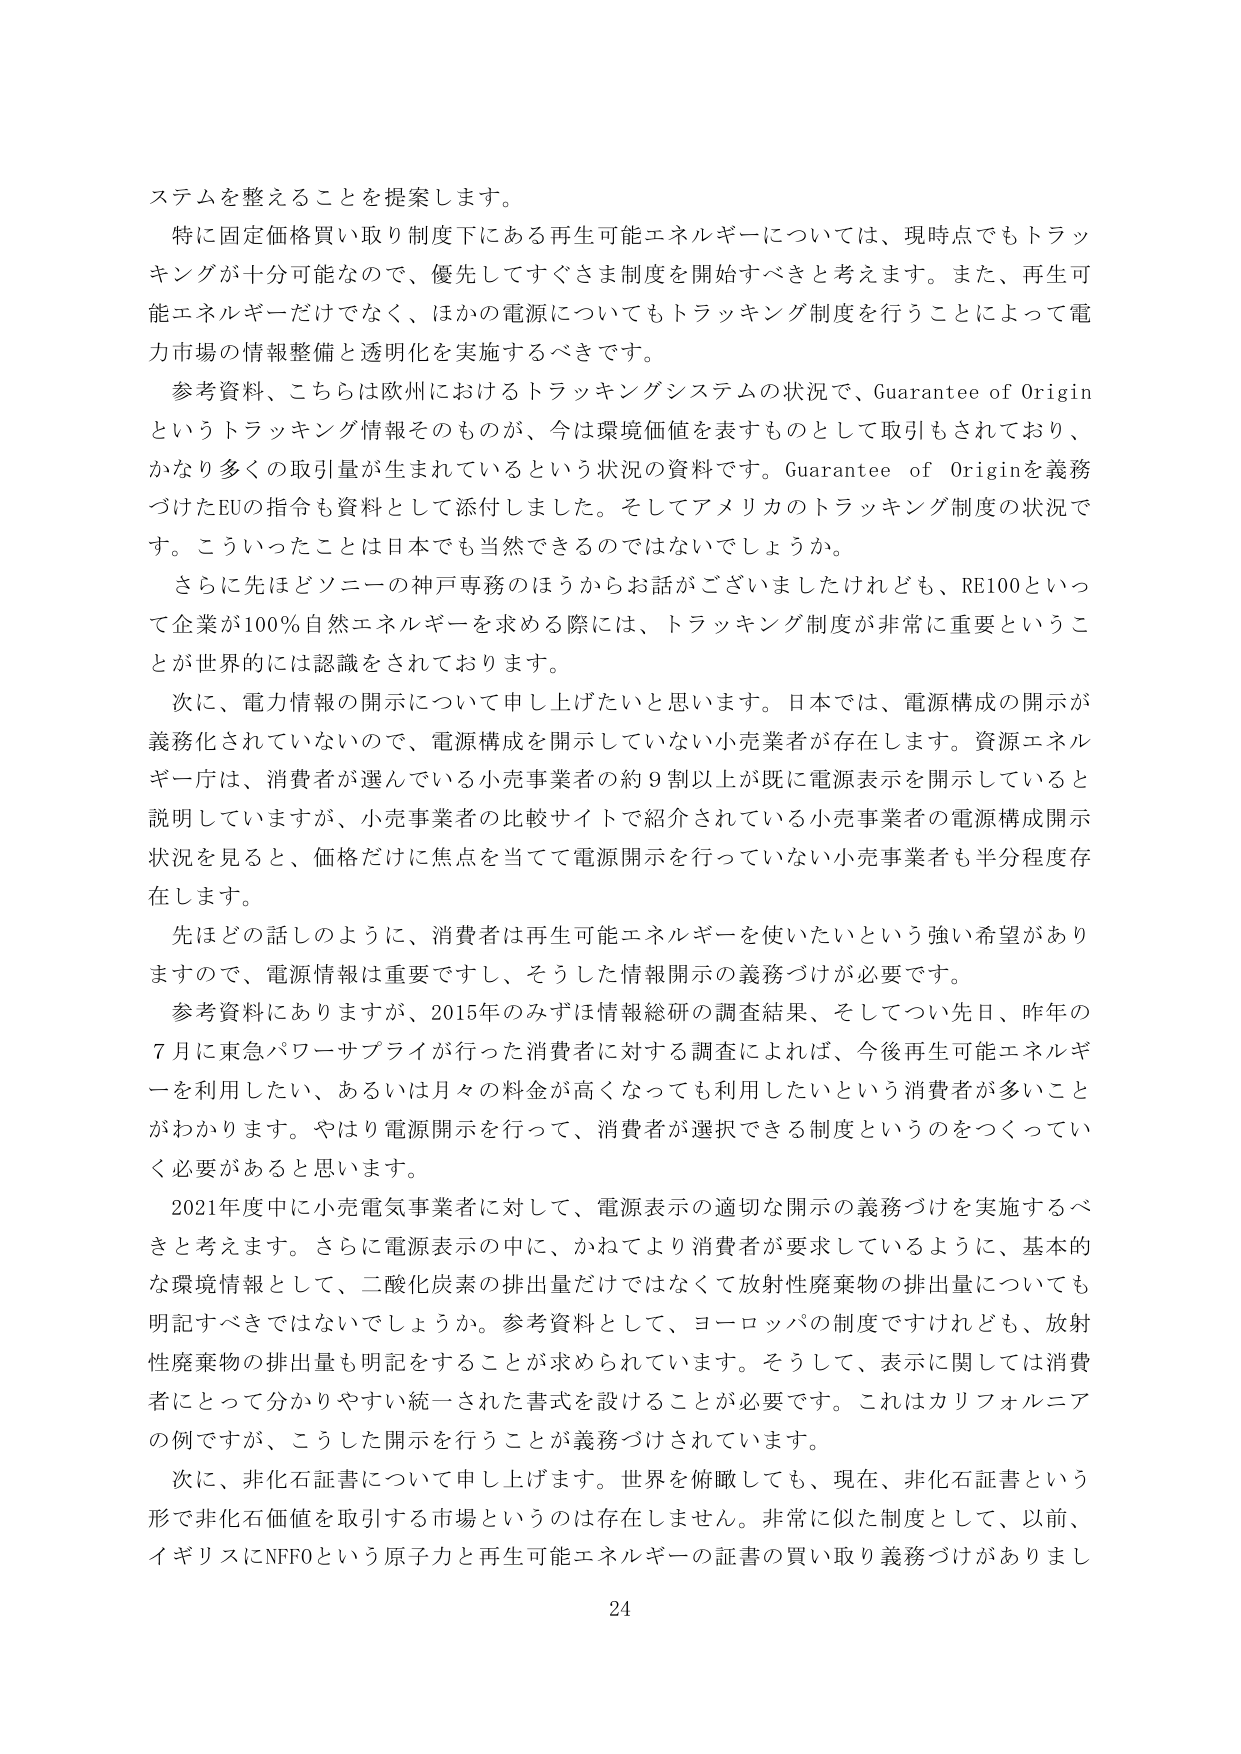
システムを整えることを提案します。

特に固定価格買い取り制度下にある再生可能エネルギーについては、現時点でもトラッキングが十分可能なので、優先してすぐさま制度を開始すべきと考えます。また、再生可能エネルギーだけでなく、ほかの電源についてもトラッキング制度を行うことによって電力市場の情報整備と透明化を実施するべきです。

参考資料、こちらは欧州におけるトラッキングシステムの状況で、Guarantee of Originというトラッキング情報そのものが、今は環境価値を表すものとして取引もされており、かなり多くの取引量が生まれているという状況の資料です。Guarantee of Originを義務づけたEUの指令も資料として添付しました。そしてアメリカのトラッキング制度の状況です。こういったことは日本でも当然できるのではないでしょうか。

さらに先ほどソニーの神戸専務のほうからお話がございましたけれども、RE100といって企業が100％自然エネルギーを求める際には、トラッキング制度が非常に重要ということが世界的には認識をされております。

次に、電力情報の開示について申し上げたいと思います。日本では、電源構成の開示が義務化されていないので、電源構成を開示していない小売業者が存在します。資源エネルギー庁は、消費者が選んでいる小売事業者の約9割以上が既に電源表示を開示していると説明していますが、小売事業者の比較サイトで紹介されている小売事業者の電源構成開示状況を見ると、価格だけに焦点を当てて電源開示を行っていない小売事業者も半分程度存在します。

先ほどの話しのように、消費者は再生可能エネルギーを使いたいという強い希望がありますので、電源情報は重要ですし、そうした情報開示の義務づけが必要です。

参考資料にありますが、2015年のみずほ情報総研の調査結果、そしてつい先日、昨年の7月に東急パワーサプライが行った消費者に対する調査によれば、今後再生可能エネルギーを利用したい、あるいは月々の料金が高くなっても利用したいという消費者が多いことがわかります。やはり電源開示を行って、消費者が選択できる制度というのをつくっていく必要があると思います。

2021年度中に小売電気事業者に対して、電源表示の適切な開示の義務づけを実施するべきと考えます。さらに電源表示の中に、かねてより消費者が要求しているように、基本的な環境情報として、二酸化炭素の排出量だけではなくて放射性廃棄物の排出量についても明記すべきではないでしょうか。参考資料として、ヨーロッパの制度ですけれども、放射性廃棄物の排出量も明記することが求められています。そうして、表示に関しては消費者にとって分かりやすい統一された書式を設けることが必要です。これはカリフォルニアの例ですが、こうした開示を行うことが義務づけられています。

次に、非化石証書について申し上げます。世界を俯瞰しても、現在、非化石証書という形で非化石価値を取引する市場というのは存在しません。非常に似た制度として、以前、イギリスにNFFOという原子力と再生可能エネルギーの証書の買い取り義務づけがありまし

24